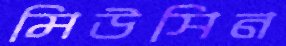
মিউসিন